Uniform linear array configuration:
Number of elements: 32
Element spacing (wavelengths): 1
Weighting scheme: binomial
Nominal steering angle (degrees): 30
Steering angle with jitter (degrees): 31.915
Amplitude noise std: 0.05
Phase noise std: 0.05

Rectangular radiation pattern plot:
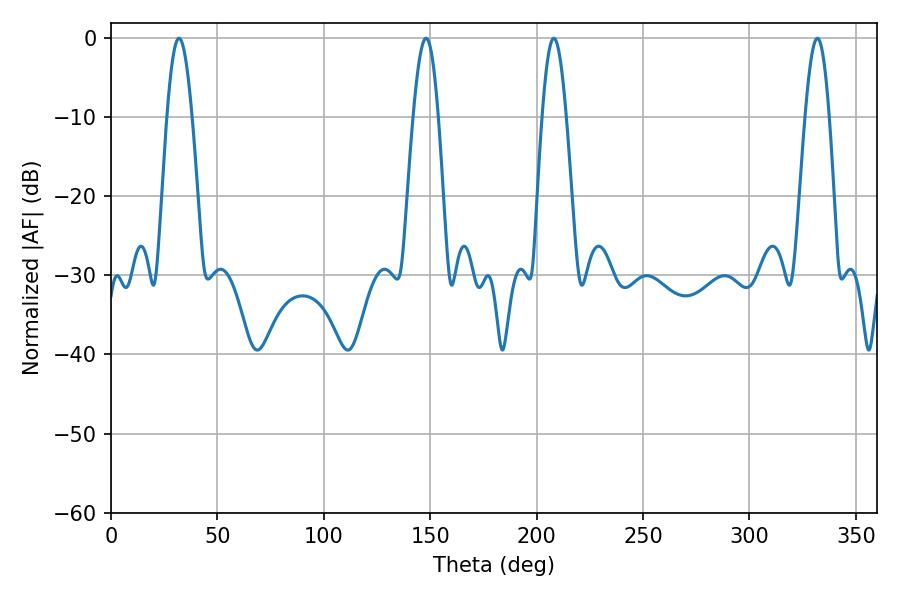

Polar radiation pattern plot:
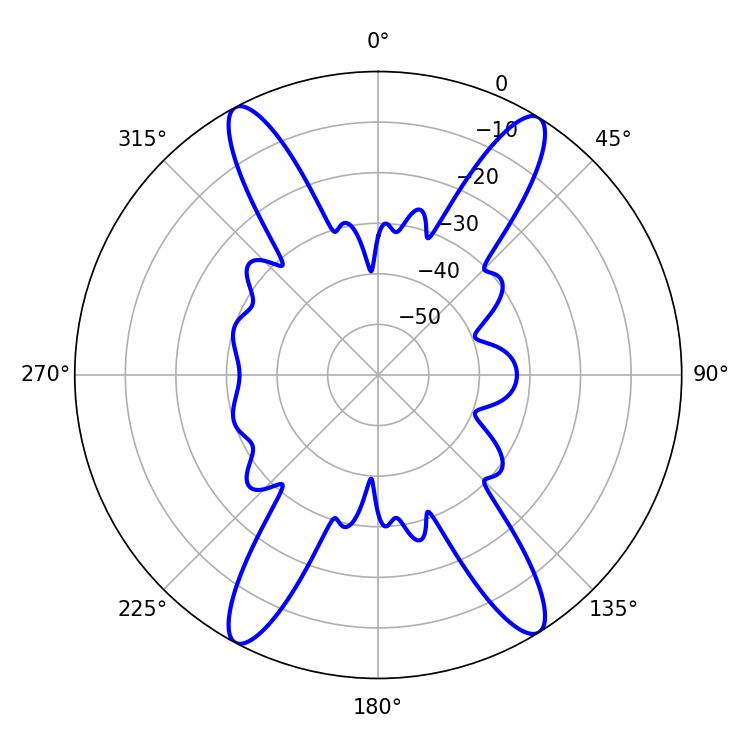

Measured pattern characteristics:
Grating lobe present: TRUE
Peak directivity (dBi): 20.455
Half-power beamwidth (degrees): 6.12
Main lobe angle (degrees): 208.08